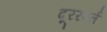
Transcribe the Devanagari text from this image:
दूररवर्त